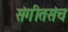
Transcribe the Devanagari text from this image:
संगीतसंच